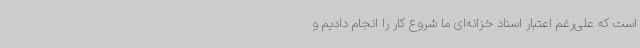
است که علی‌رغم اعتبار اسناد خزانه‌ای ما شروع کار را انجام دادیم و